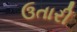
ઉતારી